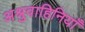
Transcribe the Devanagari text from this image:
अश्रुवाहिनियाँ